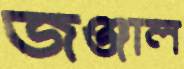
জঞ্জাল